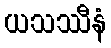
ယသဿီနံ